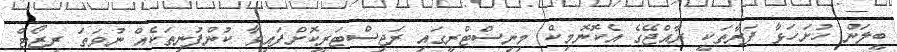
ބީލަން ހުށަހަޅާ ފަރާތަކީ ރާއްޖޭގެ އެކޮނޮމިކް މިނިސްޓްރީގައި ރަޖިސްޓަރީކޮށްފައިވާ ކުންފުނިތަކެއް ނުވަތަ ރިޒޯޓް